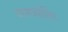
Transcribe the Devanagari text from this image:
परमज्‍योर्तिर